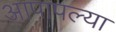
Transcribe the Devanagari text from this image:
आपापल्‍या